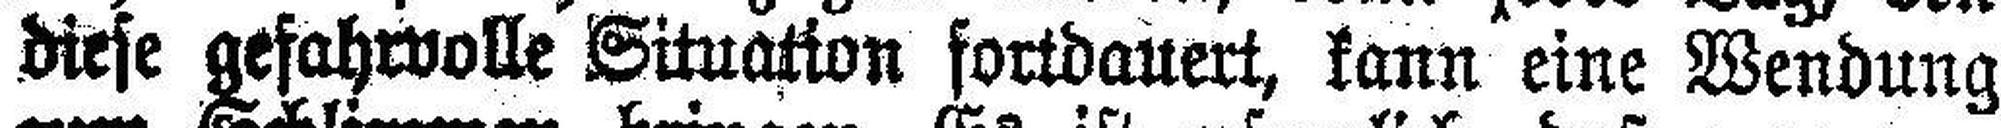
diese gefahrvolle Situation fortdauert, kann eine Wendung